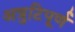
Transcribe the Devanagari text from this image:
अत्रुटिपूर्ण